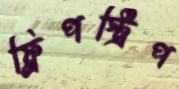
ফ্লিপস্ট্রিপ